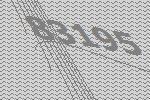
83195